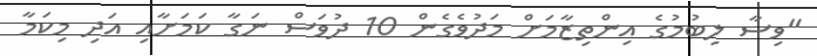
"ވިސާ ލިބުމުގެ އިންތިޒާމަށް މަދުވެގެން 10 ދުވަސް ނަގާ ކަމަށާއި އަދި މިކަމާ